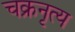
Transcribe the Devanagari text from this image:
चक्रनृत्य